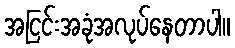
အငြင်းအခုံအလုပ်နေတာပါ။